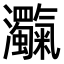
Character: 𤅴